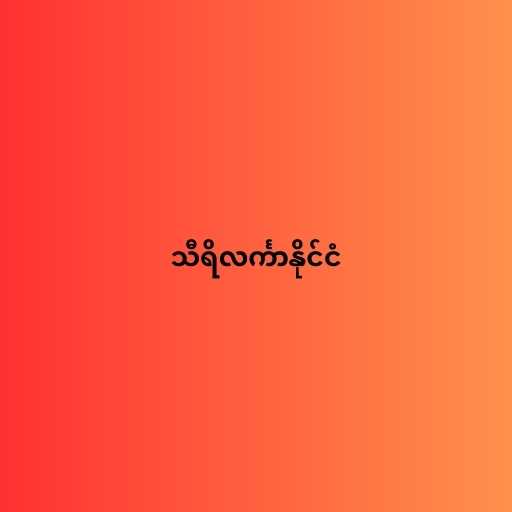
သီရိလင်္ကာနိုင်ငံ